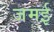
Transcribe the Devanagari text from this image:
जमई